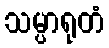
သမ္ပာရုတံ